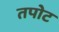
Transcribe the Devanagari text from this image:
तपोट